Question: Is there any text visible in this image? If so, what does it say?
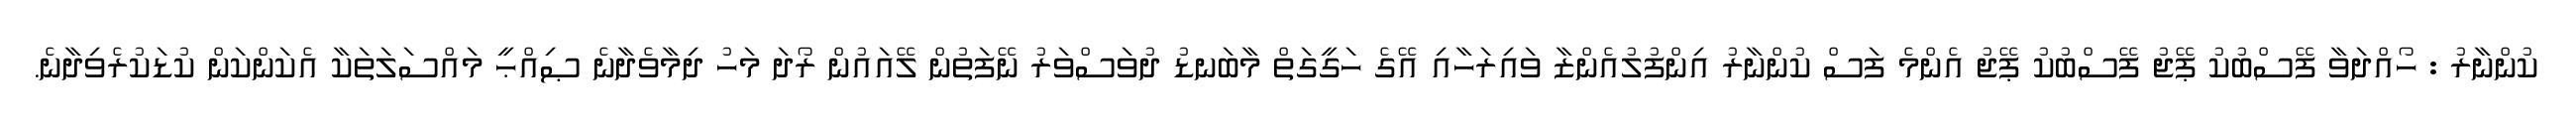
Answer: ކުންނާރު : ހޯއްދަވާ ފޭސްބުކު ޕޭޖު ފޭސްބުކު ޕޭޖު އެންމެ ފަސް ކުންނާރު އިންފުލުއެންޒާ ވައިރަހާއި އޭގެ ހަގީގަތް މާބަނޑު ދުވަސްވަރު ނޭފަތުން ލޭއައުން ރޯދަ މަހު ދިމާވެދާނެ ޞިއްޙީ މައްސަލަތަކާ އެކަންކަން ކުޑަކުރެވިދާނެ.